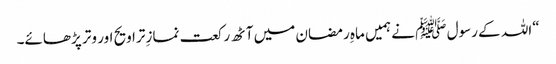
“اللہ کے رسول ﷺ نے ہمیں ماہِ رمضان میں آٹھ رکعت نمازِ تراویح اور وتر پڑھائے۔